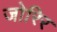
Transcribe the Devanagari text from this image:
जोरिर